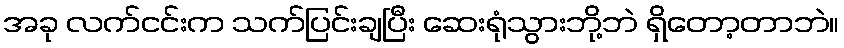
အခု လက်ငင်းက သက်ပြင်းချပြီး ဆေးရုံသွားဘို့ဘဲ ရှိတော့တာဘဲ။